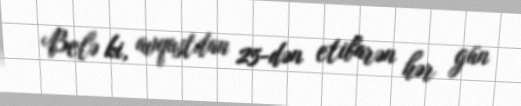
Belə ki, avqustdan 25-dən etibarən hər gün